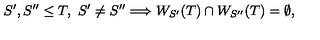
S ^ { \prime } , S ^ { \prime \prime } \leq T , \ S ^ { \prime } \not = S ^ { \prime \prime } \Longrightarrow W _ { S ^ { \prime } } ( T ) \cap W _ { S ^ { \prime \prime } } ( T ) = \emptyset ,